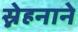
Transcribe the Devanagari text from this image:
स्नेहनाने